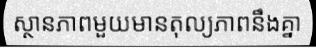
ស្ថានភាពមួយមានតុល្យភាពនឹងគ្នា